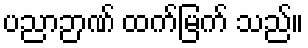
ပညာဉာဏ် ထက်မြက် သည်။